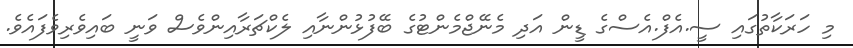
މި ހަރަކާތުގައި ސީ.އެފް.އެސްގެ ޑީން އަދި މެނޭޖްމެންޓުގެ ބޭފުޅުންނާއި ލެކްޗަރާއިންވެސް ވަނީ ބައިވެރިވެފައެވެ.